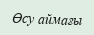
Өсу аймағы